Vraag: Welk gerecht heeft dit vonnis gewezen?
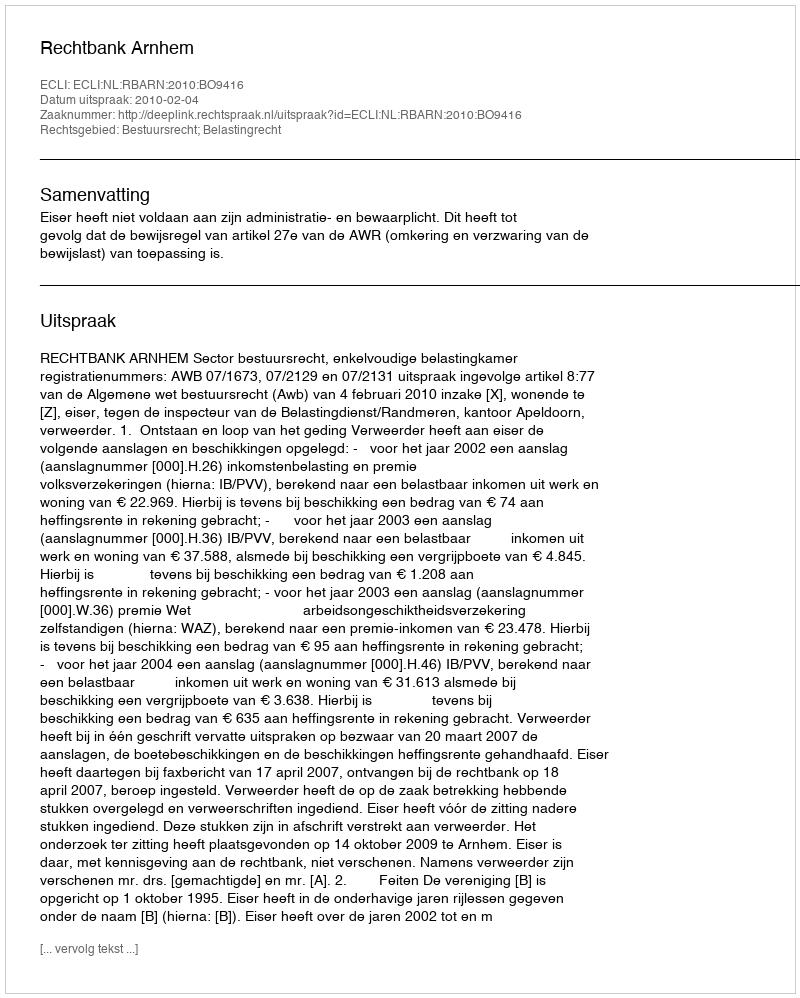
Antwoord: Rechtbank Arnhem